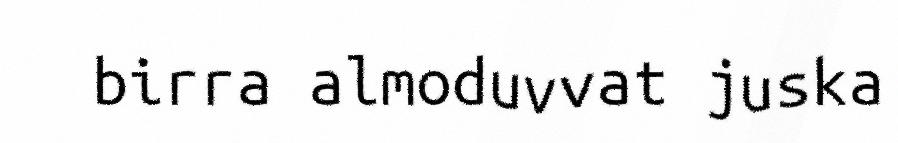
birra almoduvvat juska